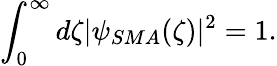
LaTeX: \int_{0}^{\infty}d\zeta|\psi_{SMA}(\zeta)|^{2}=1.